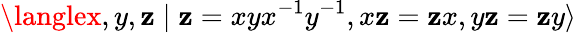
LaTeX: \langlex,y,\mathbf{z}\mid\mathbf{z}=xyx^{-1}y^{-1},x\mathbf{z}=\mathbf{z}x,y\mathbf{z}=\mathbf{z}y\rangle